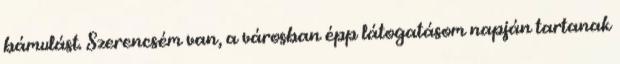
bámulást. Szerencsém van, a városban épp látogatásom napján tartanak